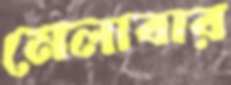
মেলাবার